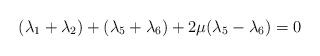
LaTeX: \begin{align*}(\lambda _{1}+\lambda _{2})+(\lambda _{5}+\lambda _{6})+2\mu (\lambda_{5}-\lambda _{6})=0\end{align*}